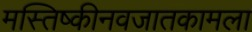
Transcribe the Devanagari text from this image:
मस्तिष्कीनवजातकामला